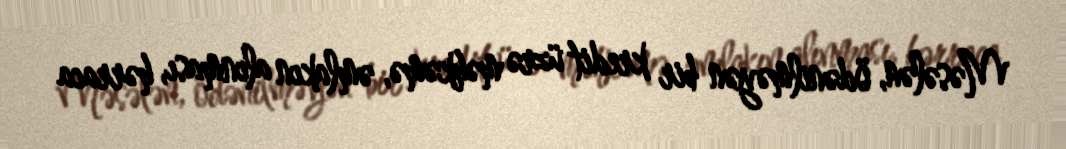
Məsələn, ödənilməyən bir kredit üzrə məhkəmə, əmlakın alınması, hərraca